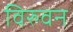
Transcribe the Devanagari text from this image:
विरुवन